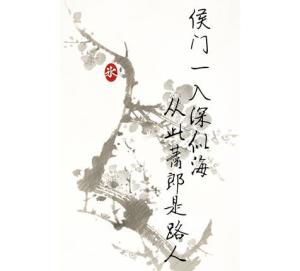
侯门一入深如海，从此萧郎是路人。